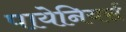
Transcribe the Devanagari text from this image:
पायेनियर्स